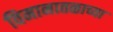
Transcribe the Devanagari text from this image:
विमानातळाच्या